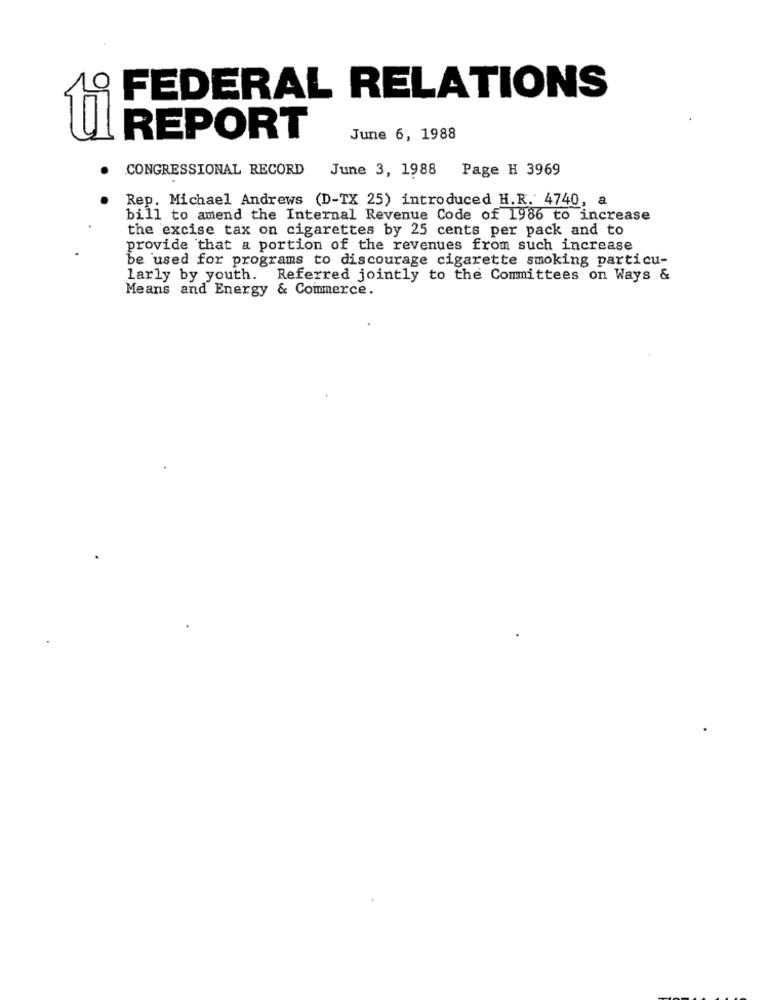
FEDERAL RELATIONS
REPORT
June 6, 1988
CONGRESSIONAL RECORD
June 3, 1988 Page H 3969
Rep. Michael Andrews (D-TX 25) introduced H.R. 4740, a
bill to amend the Internal Revenue Code of 1986 to increase
the excise tax on cigarettes by 25 cents per pack and to
provide that a portion of the revenues from such increase
be used for programs to discourage cigarette smoking particu-
larly by youth. Referred jointly to the Committees on Ways &
Means and Energy & Commerce.